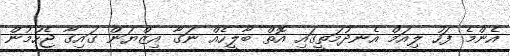
އެންމެ ފަހު ލިއަމް އެނދުމަތީގައި އޮތް ބާލީހެއް ނަގާ އިޒްޔަން ގައިގާ ޖެހުމުން